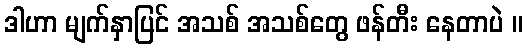
ဒါဟာ မျက်နှာပြင် အသစ် အသစ်တွေ ဖန်တီး နေတာပဲ ။